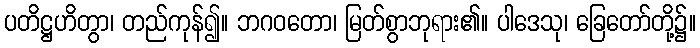
ပတိဋ္ဌဟိတွာ၊ တည်ကုန်၍။ ဘဂဝတော၊ မြတ်စွာဘုရား၏။ ပါဒေသု၊ ခြေတော်တို့၌။